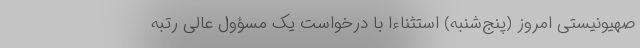
صهیونیستی امروز (پنج‌شنبه) استثناءا با درخواست یک مسؤول عالی رتبه